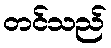
တင်သည်